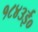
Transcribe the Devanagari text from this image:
१८४३ई०